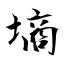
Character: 墒